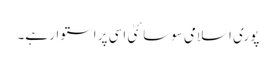
پوری اسلامی سوسائٹی اسی پر استوار ہے۔